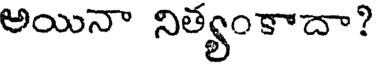
అయినా నిత్యంకాదా?